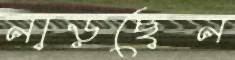
নাড়ছেন